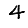
Digit: 4